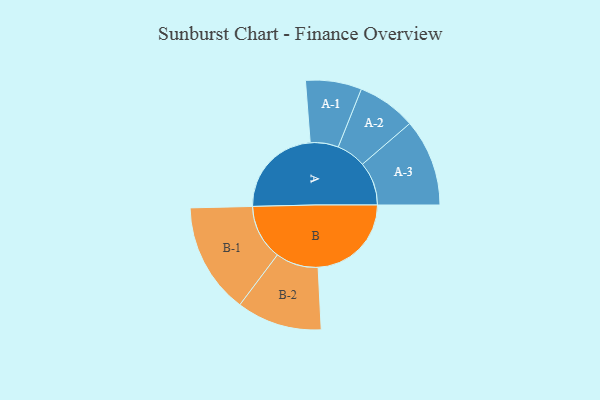
{"axis": {"x": "Segment", "y": "Value"}, "legend": ["", "A", "B"], "data": [{"x": "A", "y": 395, "type": ""}, {"x": "B", "y": 396, "type": ""}, {"x": "A-1", "y": 119, "type": "A"}, {"x": "A-2", "y": 125, "type": "A"}, {"x": "A-3", "y": 185, "type": "A"}, {"x": "B-1", "y": 235, "type": "B"}, {"x": "B-2", "y": 181, "type": "B"}]}